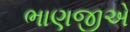
ભાણજીએ